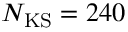
N _ { \mathrm { K S } } = 2 4 0